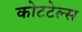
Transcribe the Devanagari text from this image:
कोटटेल्स